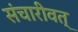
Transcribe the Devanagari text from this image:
संचारीवत्